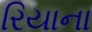
રિયાના